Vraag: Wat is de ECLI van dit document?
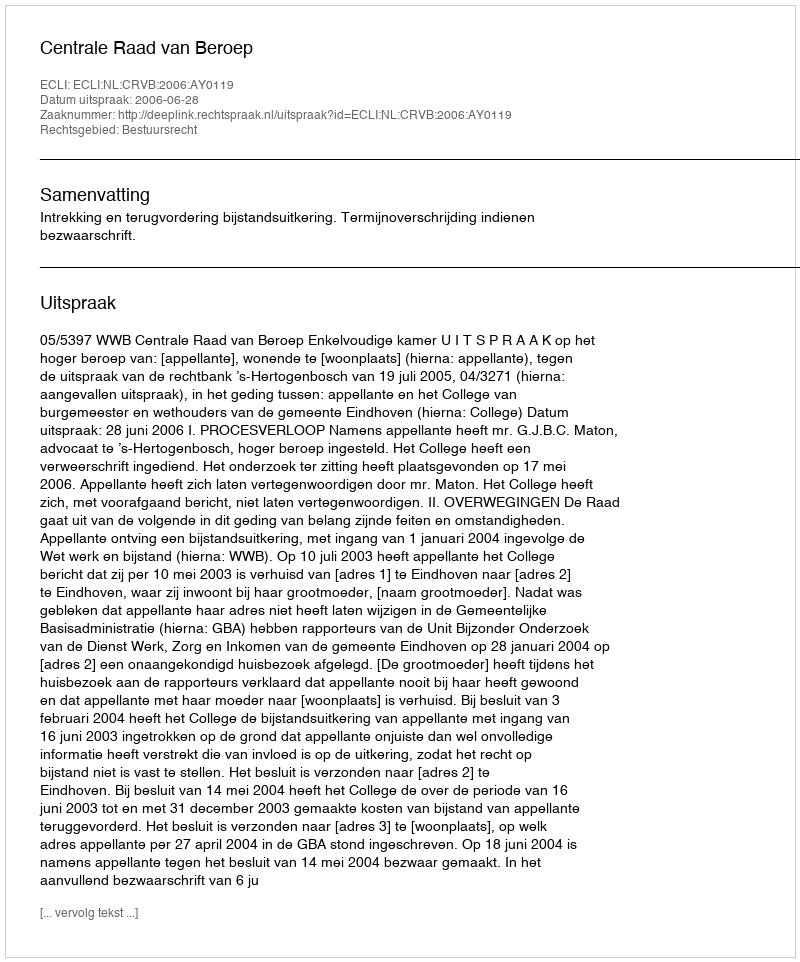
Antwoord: ECLI:NL:CRVB:2006:AY0119